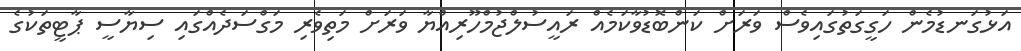
އަޅުގަނޑުމެން ހަގީގަތުގައިވެސް ވަރަށް ކަންބޮޑުވާކަމެއް ރައީސުލްޖުމްހޫރިއްޔާ ވަރަށް މަތިވެރި މަގްސަދެއްގައި ސިޔާސީ ޕާޓީތަކުގެ